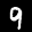
Label: 9